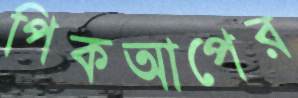
পিকআপের